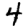
Digit: 4